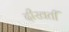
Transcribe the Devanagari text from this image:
दीखतीं